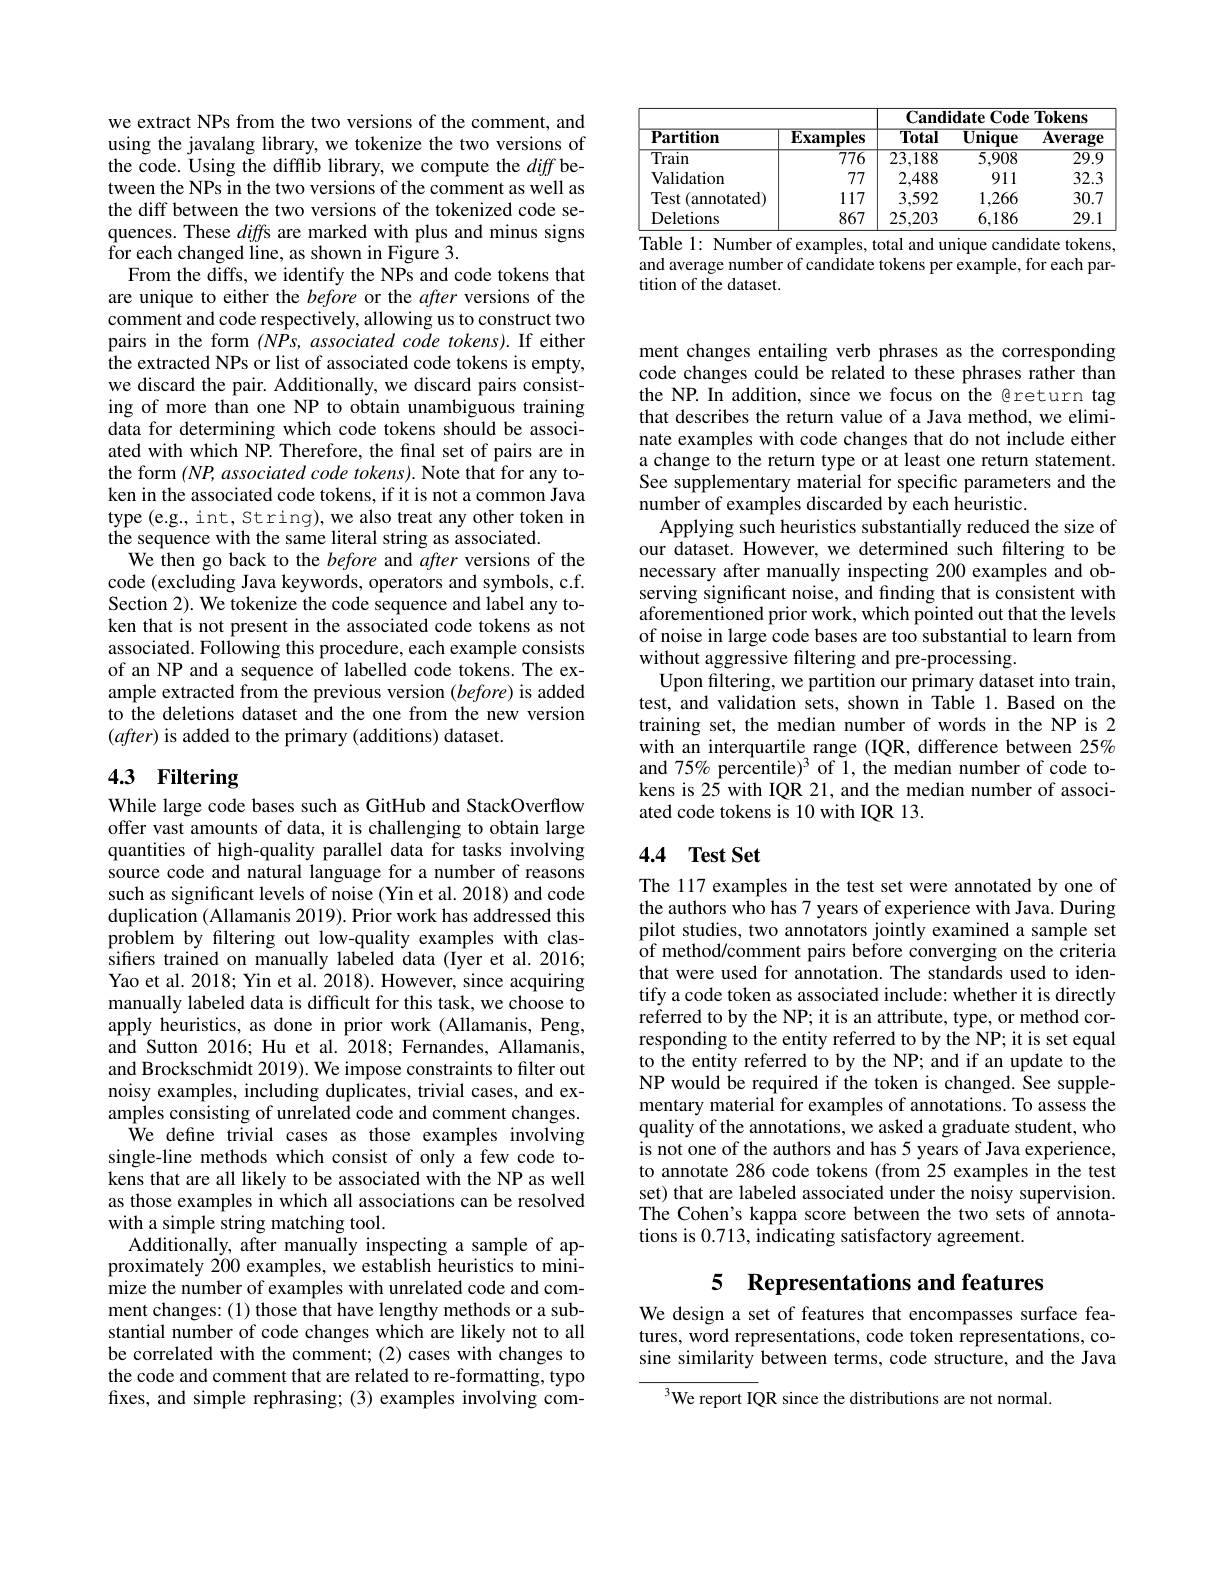
we extract NPs from the two versions of the comment, and using the javalang library, we tokenize the two versions of the code. Using the difflib library, we compute the diff between the NPs in the two versions of the comment as well as the diff between the two versions of the tokenized code sequences. These diffs are marked with plus and minus signs for each changed line, as shown in Figure 3.
From the diffs, we identify the NPs and code tokens that are unique to either the before or the after versions of the comment and code respectively, allowing us to construct two pairs in the form $(NPs,associatedcodetokens).$If either the extracted NPs or list of associated code tokens is empty, we discard the pair. Additionally, we discard pairs consisting of more than one NP to obtain unambiguous training data for determining which code tokens should be associated with which NP. Therefore, the final set of pairs are in the form $( NP, associatedcode\textit{tokens}) .$ Note that for any token in the associated code tokens, if it is not a common Java type (e.g., int, String), we also treat any other token in the sequence with the same literal string as associated.
We then go back to the before and after versions of the code (excluding Java keywords, operators and symbols, c.f. Section 2). We tokenize the code sequence and label any token that is not present in the associated code tokens as not associated. Following this procedure, each example consists of an NP and a sequence of labelled code tokens. The example extracted from the previous version $(before)$ is added to the deletions dataset and the one from the new version $(after)$ is added to the primary (additions) dataset.

# 43 Filtering

While large code bases such as GitHub and StackOverflow offer vast amounts of data, it is challenging to obtain large quantities of high-quality parallel data for tasks involving source code and natural language for a number of reasons such as significant levels of noise (Yin et al. 2018) and code duplication (Allamanis 2019). Prior work has addressed this problem by filtering out low-quality examples with classifers trained on manually labeled data (Iyer et al.2016; Yao et al. 2018; Yin et al. 2018). However, since acquiring manually labeled data is difficult for this task, we choose to apply heuristics, as done in prior work (Allamanis, Peng, and Sutton 2016; Hu et al. 2018; Fernandes, Allamanis, and Brockschmidt 2019). We impose constraints to filter out noisy examples, including duplicates, trivial cases, and examples consisting of unrelated code and comment changes.
$\hat{\mathrm{We}}$ define trivial cases as those examples involving single-line methods which consist of only a few code tokens that are all likely to be associated with the NP as well as those examples in which all associations can be resolved with a simple string matching tool.
Additionally, after manually inspecting a sample of approximately $\dot{200}$ examples, we establish heuristics to minimize the number of examples with unrelated code and comment changes: (1) those that have lengthy methods or a substantial number of code changes which are likely not to all be correlated with the comment; (2) cases with changes to the code and comment that are related to re-formatting, typo fixes, and simple rephrasing;(3) examples involving com-

<table>
	<tbody>
		<tr>
			<th>$\mathbf{Partition}$</th>
			<th>${\mathbf{Examples}}$</th>
			<th>$\overline{\mathbf{Total}}$</th>
			<th>$\overline{\mathbf{Unique}}$</th>
			<th>$\overline{\mathbf{Average}}$</th>
		</tr>
		<tr>
			<td>$\overline{\text{Train}}$</td>
			<td>7776</td>
			<td>$\overline{23,188}$</td>
			<td>5,908</td>
			<td>$\overline{29.9}$</td>
		</tr>
		<tr>
			<td>Validation</td>
			<td>77</td>
			<td>2,488</td>
			<td>911</td>
			<td>32.3</td>
		</tr>
		<tr>
			<td>Test (annotated)</td>
			<td>117</td>
			<td>3,592</td>
			<td>1,266</td>
			<td>30.7</td>
		</tr>
		<tr>
			<td>Deletions</td>
			<td>867</td>
			<td>25,203</td>
			<td>6,186</td>
			<td>29.1</td>
		</tr>
	</tbody>
</table>
$\overline{\text{Table 1: Number of examples, total and unique candidate tokens,}}$

and average number of candidate tokens per example, for each par-
tition of the dataset.

ment changes entailing verb phrases as the corresponding code changes could be related to these phrases rather than the NP. In addition, since we focus on the @return tag that describes the return value of a Java method, we eliminate examples with code changes that do not include either a change to the return type or at least one return statement. See supplementary material for specific parameters and the number of examples discarded by each heuristic.
Applying such heuristics substantially reduced the size of our dataset. However, we determined such filtering to be necessary after manually inspecting 200 examples and observing significant noise, and finding that is consistent with aforementioned prior work, which pointed out that the levels of noise in large code bases are too substantial to learn from without aggressive filtering and pre-processing.
Upon filtering, we partition our primary dataset into train, test, and validation sets, shown in Table 1.Based on the training set, the median number of words in the NP is 2 with an interquartile range (IQR, difference between 25% and 75% percentile)$^3$ of $\tilde{1}$, the median number of code tokens is 25 with IQR 21, and the median number of associated code tokens is 10 with IQR 13.

## 4.4 Test Set

The 117 examples in the test set were annotated by one of the authors who has 7 years of experience with Java. During pilot studies, two annotators jointly examined a sample set of method/comment pairs before converging on the criteria that were used for annotation. The standards used to identify a code token as associated include: whether it is directly referred to by the NP; it is an attribute, type, or method corresponding to the entity referred to by the NP; it is set equal to the entity referred to by the NP; and if an update to the NP would be required if the token is changed. See supplementary material for examples of annotations. To assess the quality of the annotations, we asked a graduate student, who is not one of the authors and has 5 years of Java experience, to annotate 286 code tokens (from 25 examples in the test set) that are labeled associated under the noisy supervision. The Cohen's kappa score between the two sets of annotations is 0.713, indicating satisfactory agreement.

### 5 Representations and features

We design a set of features that encompasses surface features, word representations, code token representations, cosine similarity between terms, code structure, and the Java

${\overline{{^3}}\text{We report IQR since the distributions are not normal.}}$